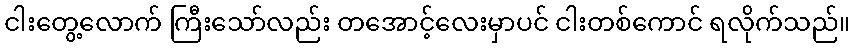
ငါးတွေ့လောက် ကြီးသော်လည်း တအောင့်လေးမှာပင် ငါးတစ်ကောင် ရလိုက်သည်။